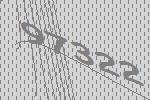
97322